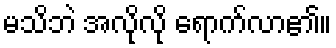
မသိဘဲ အလိုလို ရောက်လာ၏။